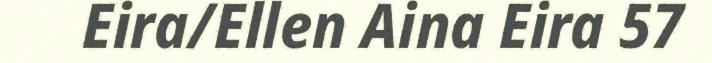
Eira/Ellen Aina Eira 57